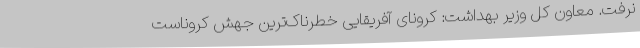
نرفت. معاون کل وزیر بهداشت: کرونای آفریقایی خطرناک‌ترین جهش کروناست